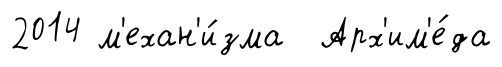
2014 м'ехан'и́зма Арх'им'е́да